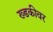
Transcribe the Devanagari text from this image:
ख्डकीवर